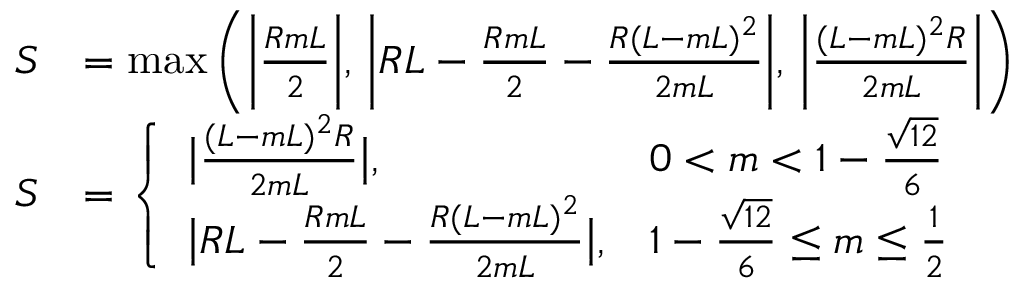
\begin{array} { r l } { S } & { = \operatorname* { m a x } \bigg ( \bigg | \frac { R m L } { 2 } \bigg | , \, \bigg | R L - \frac { R m L } { 2 } - \frac { R ( L - m L ) ^ { 2 } } { 2 m L } \bigg | , \, \bigg | \frac { ( L - m L ) ^ { 2 } R } { 2 m L } \bigg | \bigg ) } \\ { S } & { = \left\{ \begin{array} { l l } { \big | \frac { ( L - m L ) ^ { 2 } R } { 2 m L } \big | , } & { 0 < m < 1 - \frac { \sqrt { 1 2 } } { 6 } } \\ { \big | R L - \frac { R m L } { 2 } - \frac { R ( L - m L ) ^ { 2 } } { 2 m L } \big | , } & { 1 - \frac { \sqrt { 1 2 } } { 6 } \leq m \leq \frac { 1 } { 2 } } \end{array} \right. } \end{array}